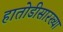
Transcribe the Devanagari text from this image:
हातोडीसारख्या